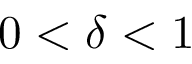
0 < \delta < 1